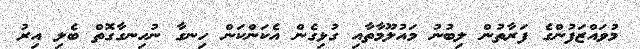
މުވައްޒަފުންގެ ފަރާތުން ލިބުނު މައުލޫމާތާއި ގުޅިގެން އެކަންކަން ހިނގާ ނުހިނގާގޮތް ބެލި އިރު